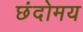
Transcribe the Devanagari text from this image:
छंदोमय